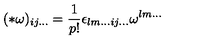
( * \omega ) _ { i j . . . } = \frac { 1 } { p ! } \epsilon _ { l m . . . i j . . . } \omega ^ { l m . . . }